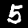
Label: 5